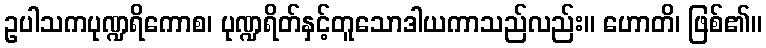
ဥပါသကပုဏ္ဍရိကောစ၊ ပုဏ္ဍရိတ်နှင့်တူသောဒါယကာသည်လည်း။ ဟောတိ၊ ဖြစ်၏။